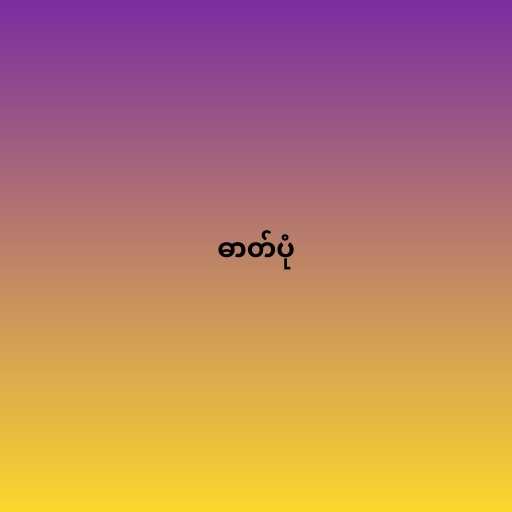
ဓာတ်ပုံ